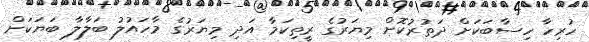
ހުރިހާ ހިސާބަކަށް ދަތުރުކޮށް މިޔަރުގެ ރީތިކަމާ އަދި މިޔަރުގެ މާހައުލު ބަލާލާ ބަޔަކަށް